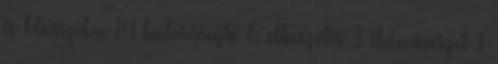
és klasszika 14 bulvársajtó 6 elbeszélés 3 életművészet 1